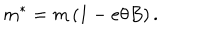
m ^ { * } = m \left( 1 - e \theta B \right) .